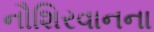
નૌશિરવાનના